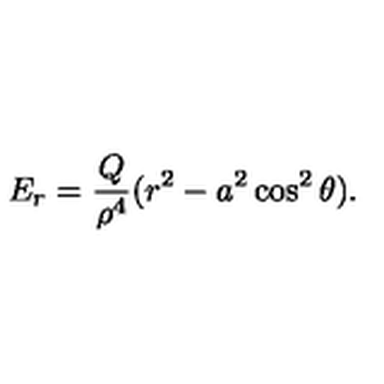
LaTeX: E _ { r } = \frac { Q } { \rho ^ { 4 } } ( r ^ { 2 } - a ^ { 2 } \cos ^ { 2 } \theta ) .